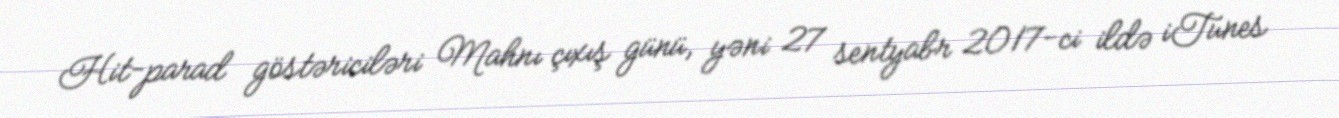
Hit-parad göstəriciləri Mahnı çıxış günü, yəni 27 sentyabr 2017-ci ildə iTunes